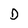
Character: D